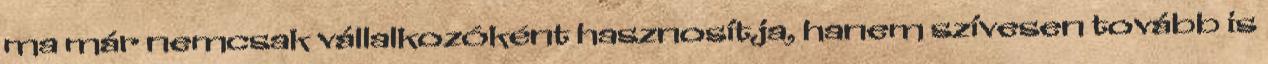
ma már nemcsak vállalkozóként hasznosítja, hanem szívesen tovább is